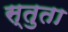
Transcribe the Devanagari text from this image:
स्तुता